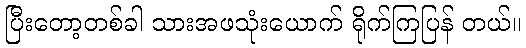
ပြီးတော့တစ်ခါ သားအဖသုံးယောက် ရိုက်ကြပြန် တယ်။